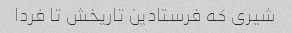
شیری که فرستادین تاریخش تا فردا